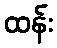
ထန်း